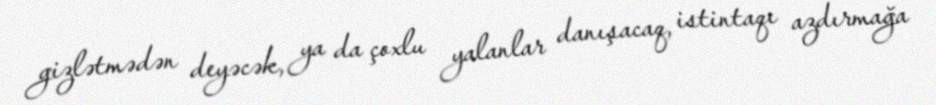
gizlətmədən deyəcək, ya da çoxlu yalanlar danışacaq, istintaqı azdırmağa